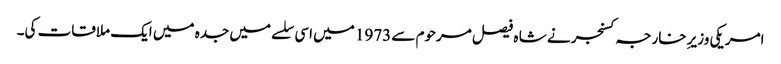
امریکی وزیرِ خارجہ کسنجر نے شا ه فیصل مرحوم سے 1973 میں اسی سلسے میں جدہ میں ایک ملاقات کی۔